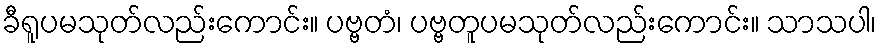
ခီရူပမသုတ်လည်းကောင်း။ ပဗ္ဗတံ၊ ပဗ္ဗတူပမသုတ်လည်းကောင်း။ သာသပါ၊